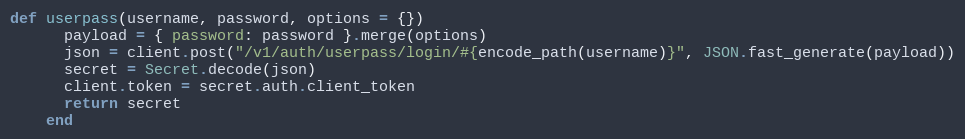
Language: Ruby
def userpass(username, password, options = {})
      payload = { password: password }.merge(options)
      json = client.post("/v1/auth/userpass/login/#{encode_path(username)}", JSON.fast_generate(payload))
      secret = Secret.decode(json)
      client.token = secret.auth.client_token
      return secret
    end